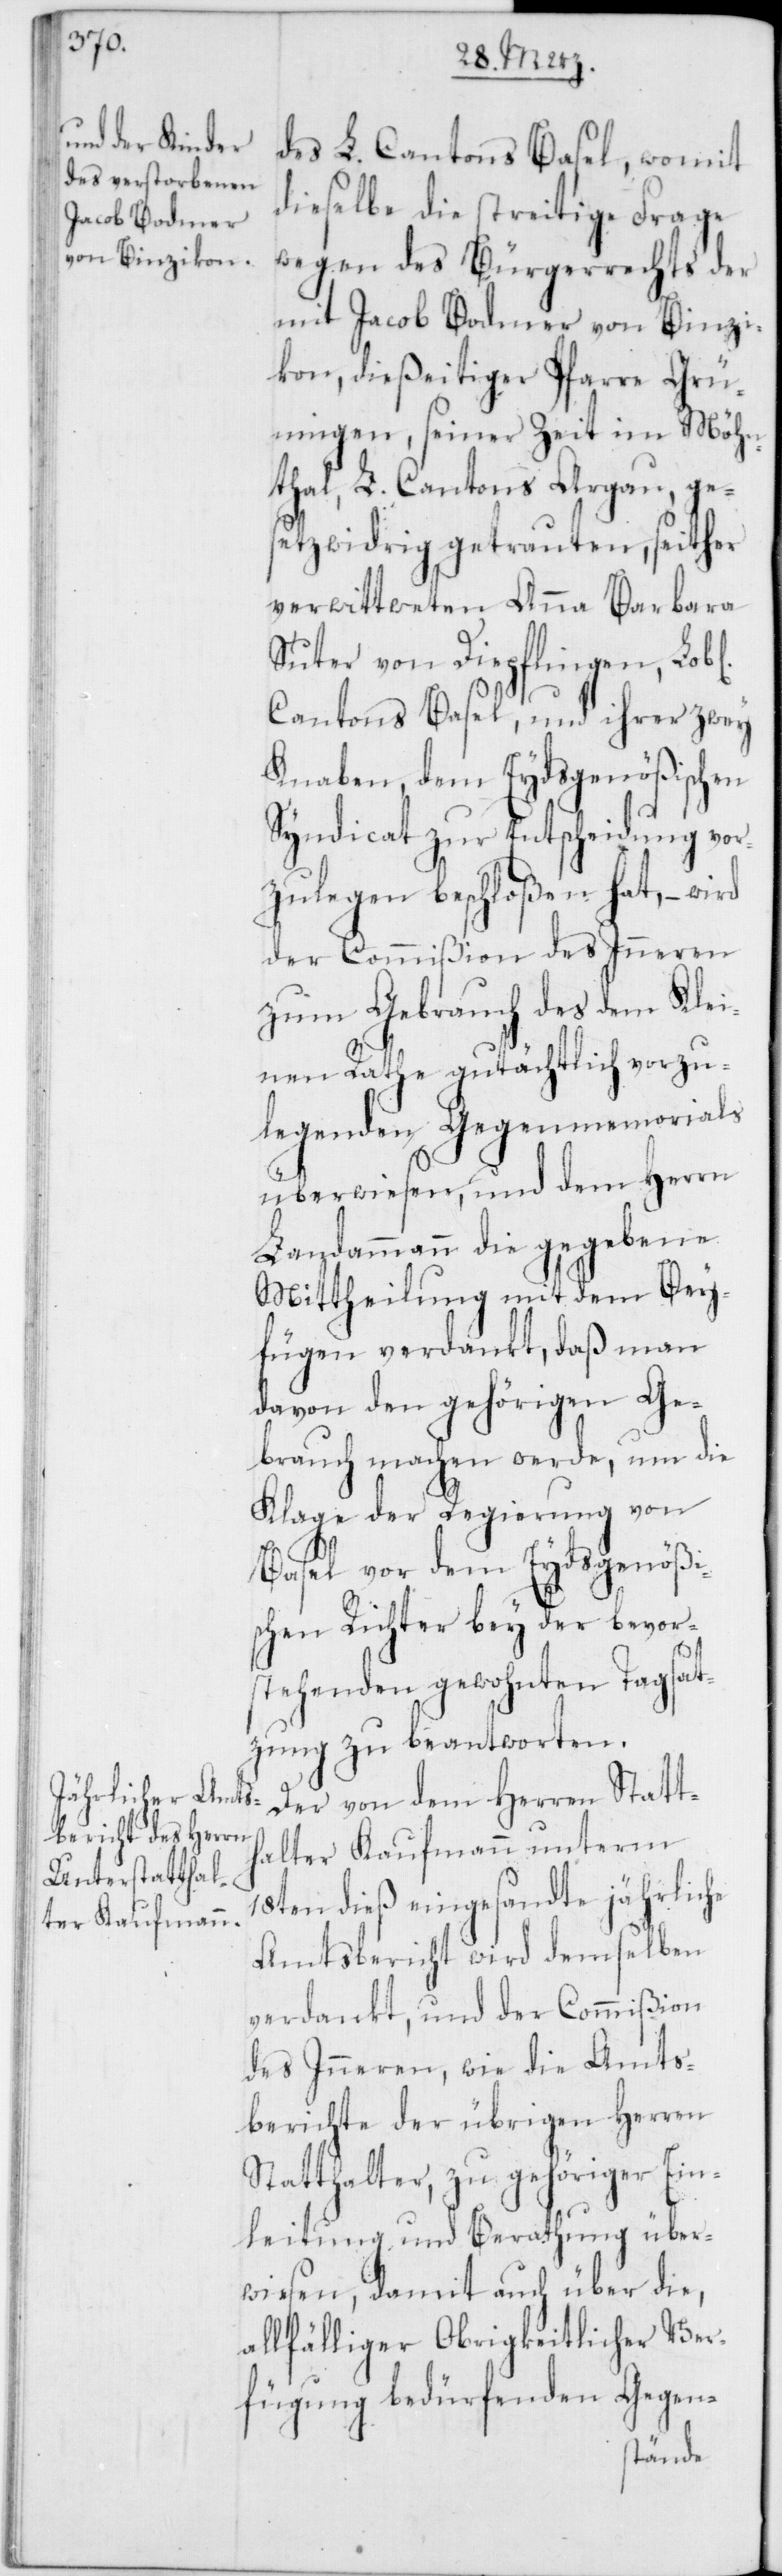
des L. Cantons Basel, womit
dieselbe die streitige Frage
wegen des Bürgerrechts der
mit Jacob Bodmer von Binzi¬
kon, dießeitiger Pfarre Grü¬
ningen, seiner Zeit im Möhn¬
thal, L. Cantons Argau, ge¬
setzwidrig getrauten, seither
verwittweten Anna Barbara
Suter von Diepflingen, Lob[l¬
Cantons Basel, und ihrer zwey
Knaben, dem Eydsgenößischen
Syndicat zur Entscheidung vor¬
zulegen beschloßen hat, – wird
der Commißion des Inneren
zum Gebrauch des dem Klei¬
nen Rathe gutächtlich vorzu¬
legenden Gegenmemorials
überwiesen, und dem Herrn
Landammann die gegebene
Mittheilung mit dem Bey¬
fügen verdankt, daß man
davon den gehörigen Ge¬
brauch machen werde, um die
Klage der Regierung von
Basel vor dem Eydsgenößi¬
schen Richter bey der bevor¬
en]
stehenden gewohnten Tagsat¬
zung zu beantworten.
Der von dem Herren Statt¬
halter Kaufmann unterm
18ten dieß eingesandte jährliche
Amtsbericht wird demselben
verdankt und der Commißion
des Inneren, wie die Amts¬
berichte der übrigen Herren
Statthalter, zu gehöriger Ein¬
leitung und Berathung über¬
wiesen, damit auch über die,
allfälliger Obrigkeitlicher Ver¬
fügung bedürfenden Gegen-